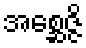
အစ္ဆေဇ္ဇိ